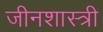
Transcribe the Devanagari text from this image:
जीनशास्त्री